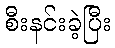
စီးနင်းခဲ့ပြီး